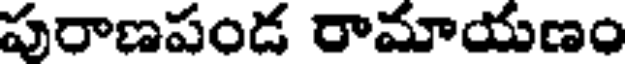
పురాణపండ రామాయణం